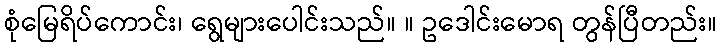
စုံမြေရိပ်ကောင်း၊ ရွေများပေါင်းသည်။ ။ ဥဒေါင်းမောရ တွန်ပြီတည်း။